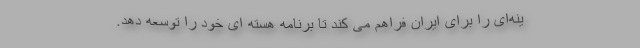
ینه‌ای را برای ایران فراهم می کند تا برنامه هسته ای خود را توسعه دهد.